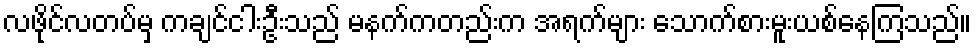
လဖိုင်လတပ်မှ ကချင်ငါးဦးသည် မနက်ကတည်းက အရက်များ သောက်စားမူးယစ်နေကြသည်။